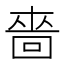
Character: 嗇